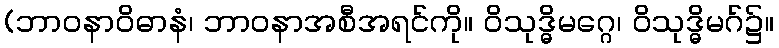
(ဘာဝနာဝိဓာနံ၊ ဘာဝနာအစီအရင်ကို။ ဝိသုဒ္ဓိမဂ္ဂေ၊ ဝိသုဒ္ဓိမဂ်၌။